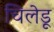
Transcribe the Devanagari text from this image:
चिलेडू